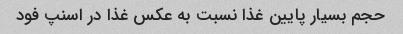
حجم بسیار پایین غذا نسبت به عکس غذا در اسنپ فود